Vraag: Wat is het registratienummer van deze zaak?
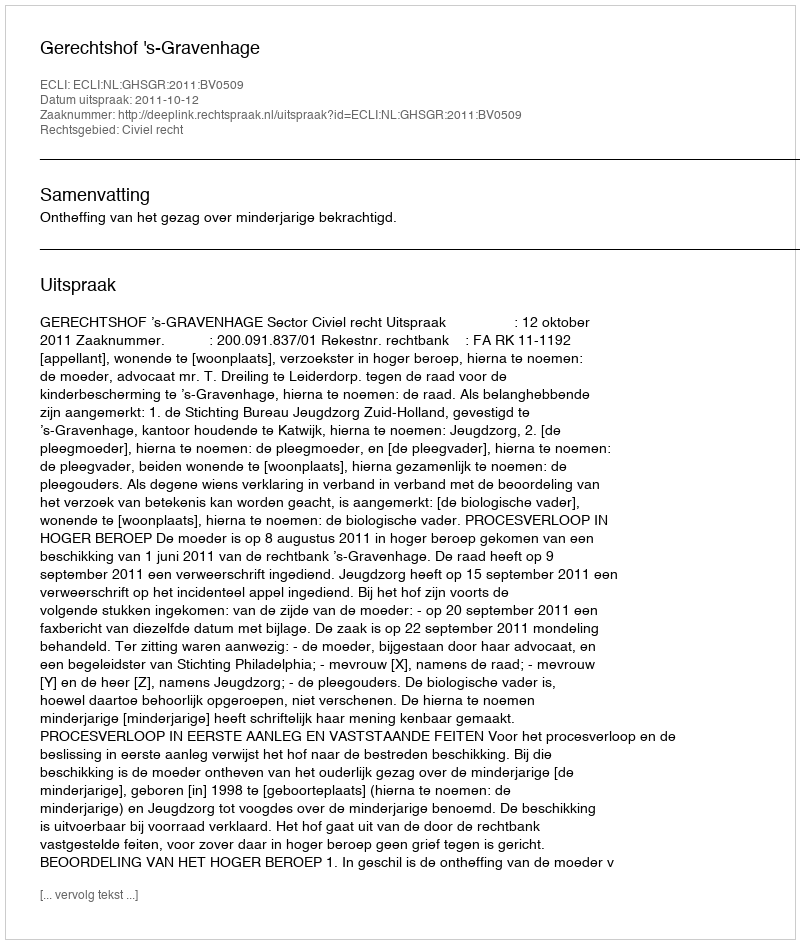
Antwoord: http://deeplink.rechtspraak.nl/uitspraak?id=ECLI:NL:GHSGR:2011:BV0509